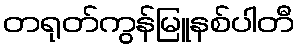
တရုတ်ကွန်မြူနစ်ပါတီ